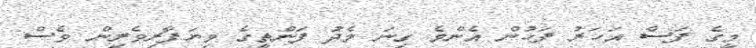
މީގެ ފަސް އަހަރު ފަހުން އެންމެ ގިނަ މެދު ފަންތީގެ ވިޔަފާރިވެރިން ވެސް